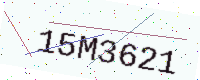
Text: 15M3621